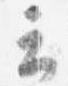
云